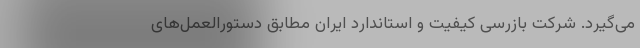
می‌گیرد. شرکت بازرسی کیفیت و استاندارد ایران مطابق دستورالعمل‌های